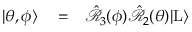
\begin{array} { r l r } { | \theta , \phi \rangle } & { { } = } & { \hat { \mathcal { R } } _ { 3 } ( \phi ) \hat { \mathcal { R } } _ { 2 } ( \theta ) | \mathrm { L } \rangle } \end{array}